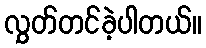
လွှတ်တင်ခဲ့ပါတယ်။